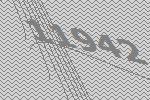
11942